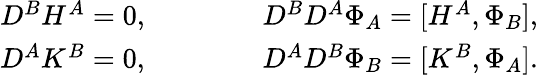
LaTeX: \begin{array}{c}{{D^{B}H^{A}=0,\qquad\qquad D^{B}D^{A}\Phi_{A}=[H^{A},\Phi_{B}],}}\\ {{D^{A}K^{B}=0,\qquad\qquad D^{A}D^{B}\Phi_{B}=[K^{B},\Phi_{A}].}}\end{array}